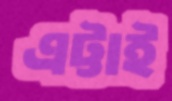
এট্টাই